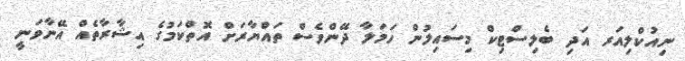
ނިއުކްލިއަރ އަދި ބެލިސްޓިކް މިސައިލުން ހަމަލާ ދޭންވެސް ތައްޔާރަށް އޮތްކަމުގެ އިޝާރާތެއް އޭނާވަނީ